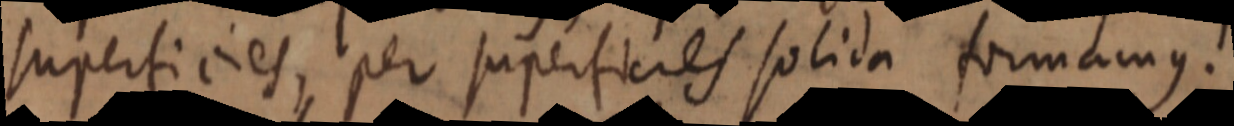
superficies, per superficies solida formamus.